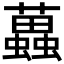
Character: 𧓵